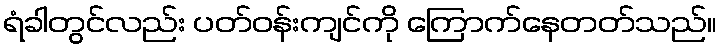
ရံခါတွင်လည်း ပတ်ဝန်းကျင်ကို ကြောက်နေတတ်သည်။